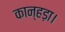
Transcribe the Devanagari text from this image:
कान्हड़ा।